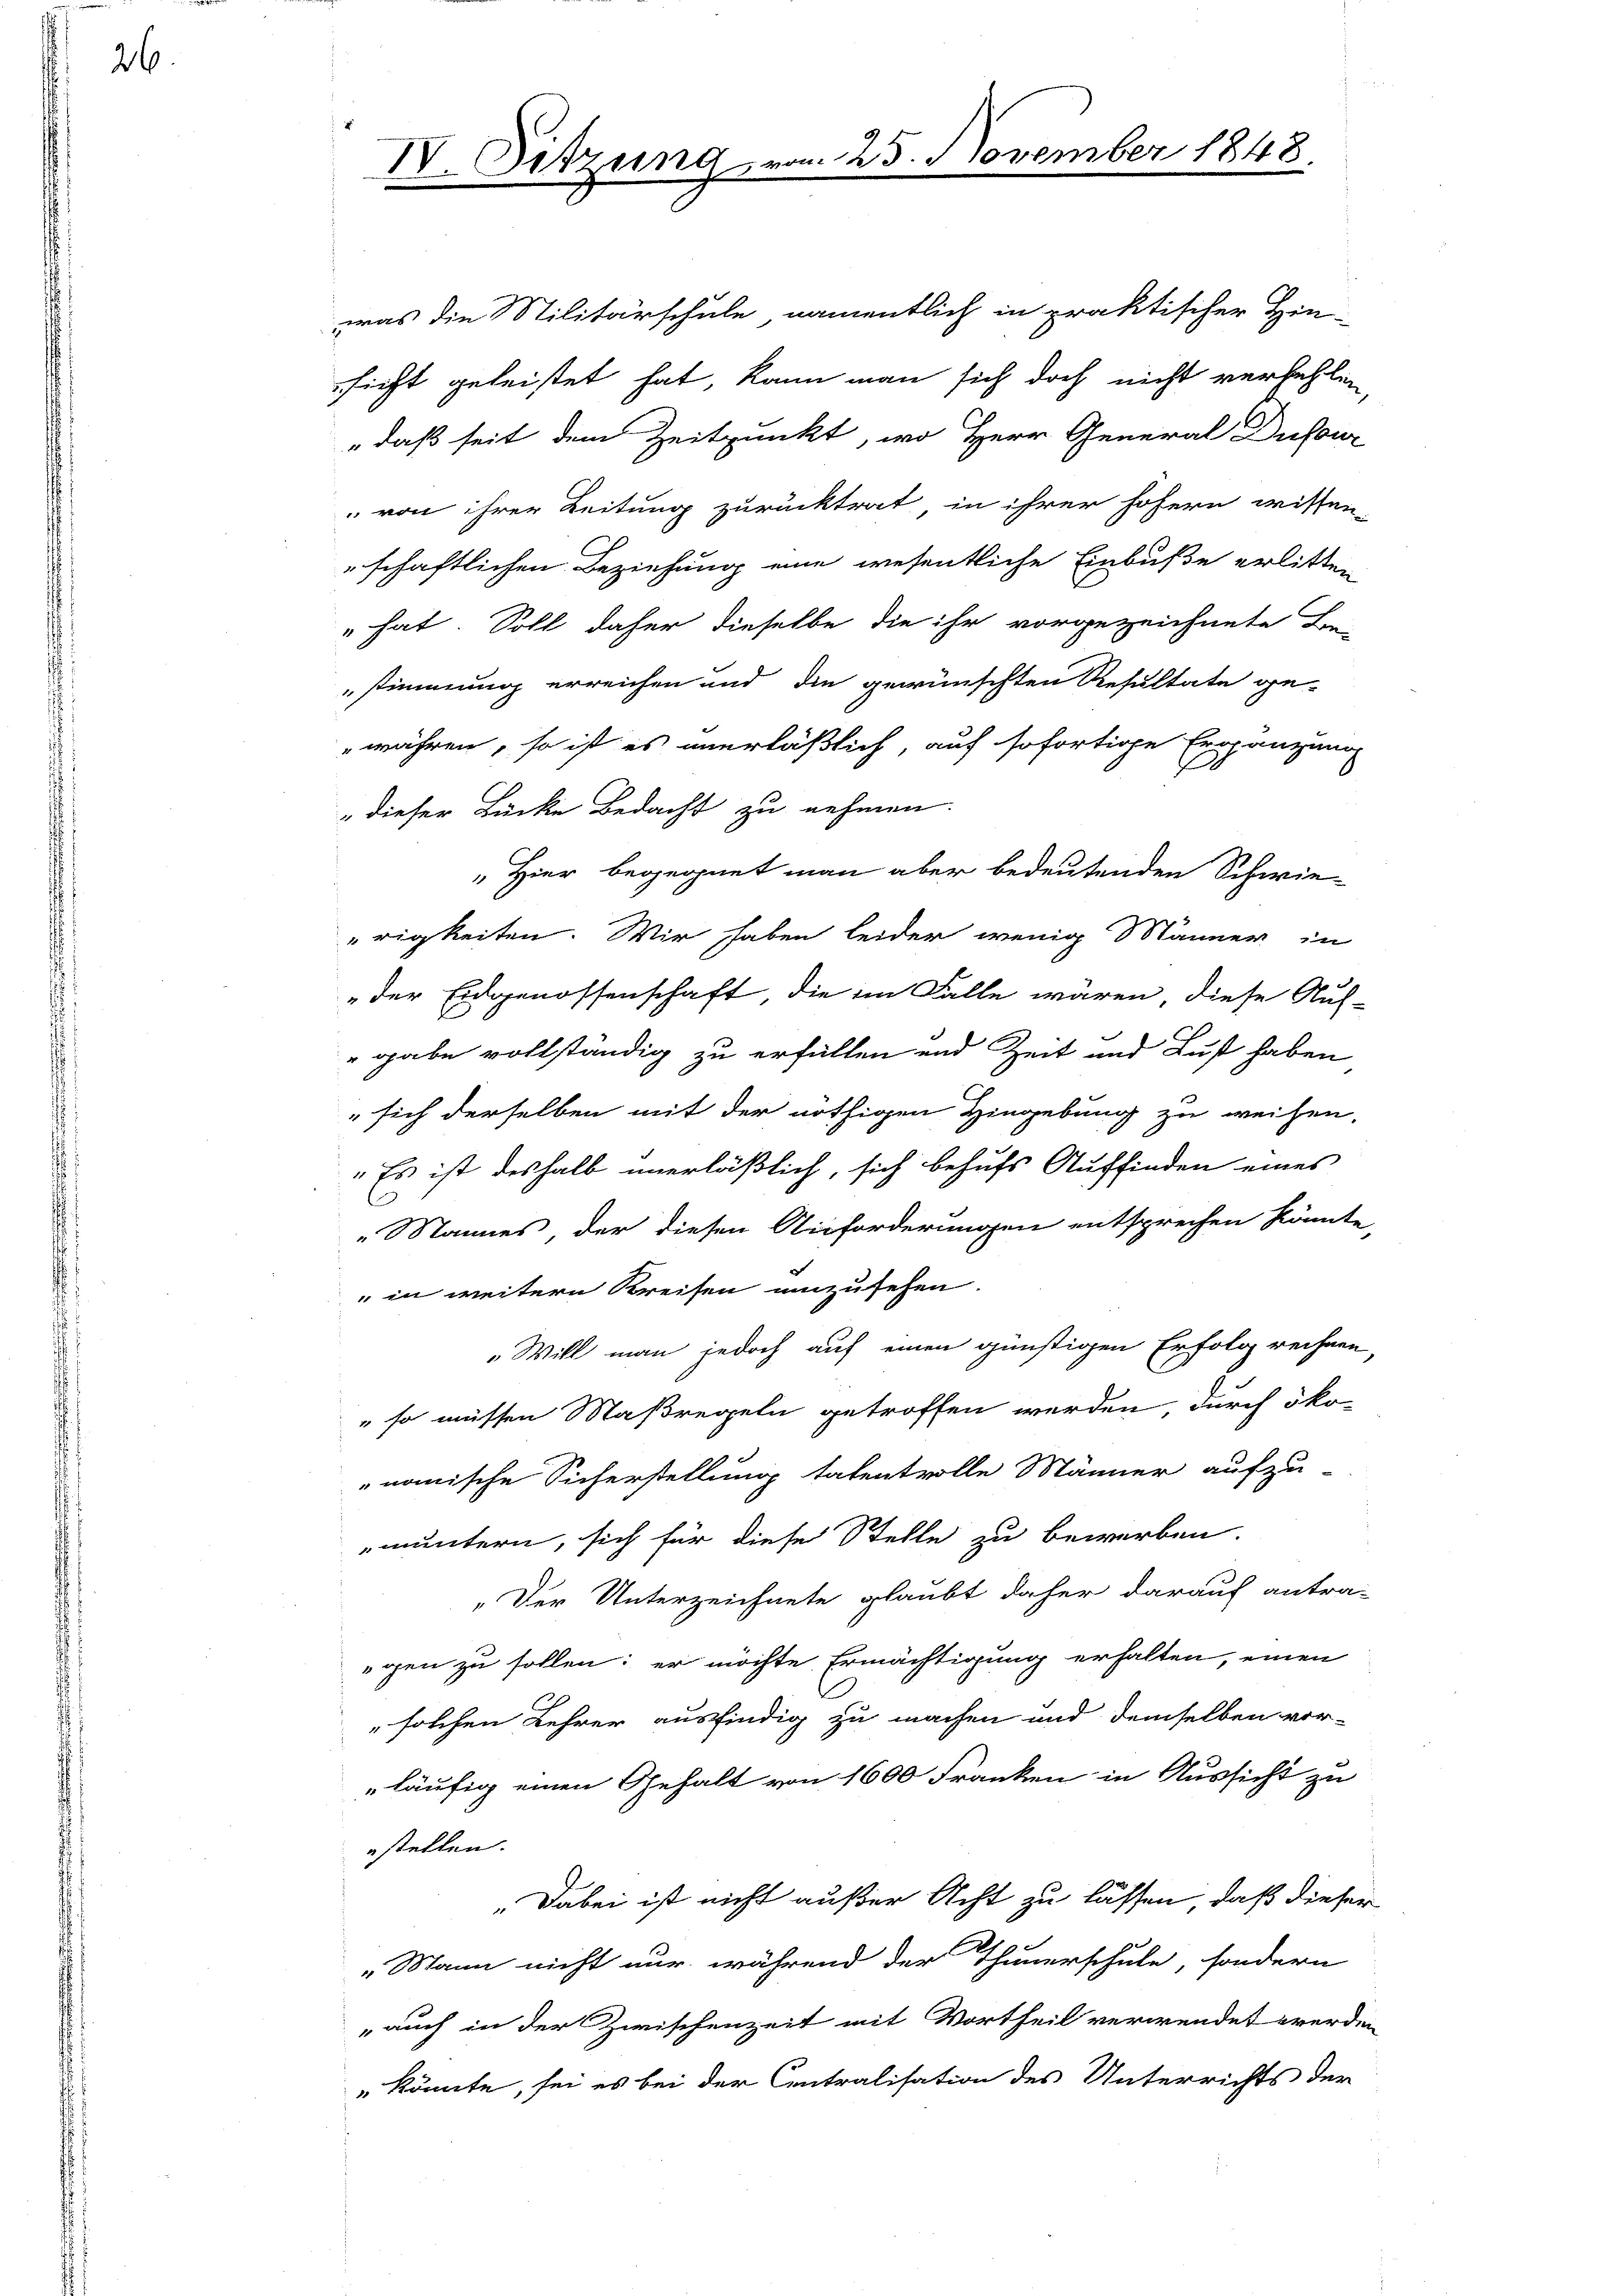
26

was die Stilitärschule namentlich in praktischer Hin-
sicht geleistet hat, kann man sich doch nicht verfehlen,
" daß seit dem Zeitpunkt, wo Herr General Dufour
„ von ihrer Leitung zurücktrat, in ihrer hohern wissen-
schaftlichen Beziehung eine wesentliche Einbuße erlitten
" hat. Soll daher dieselbe die ihr vorgezeichnete Be-
stimmung erreichen und die gewünschten Resultate ge-
währen, so ist es unerläßlich, auf sofortige Ergänzung
" dieser Bücke Bedacht zu nehmen.
"Hier begegnet man aber bedeutenden Schwie-
rigkeiten. Wir haben leider wenig Bänner in
„der Eidgenossenschaft, die im Falle wären, diese Auf-
"gabe vollständig zu erfüllen und Zeit und Lust haben
" sich derselben mit der nöthigen Hingebung zu weisen,
"Es ist deshalb unerläßlich, sich behufs Auffinden eines
„Mannes, der diesen Anforderungen entsprechen könnte,
" in weitern Kreisen umzusehen.
„Will man jedoch auf einen günstigen Erfolg rechnen,
" so müssen Maßregeln getroffen werden, durch öko-
nomische Sicherstellung tatentvolle Männer aufzu-
muntern, sich für diese Stelle zu bewerben.
„Der Unterzeichnete glaubt daher darauf antra-
gen zu sollen; er möchte Ermächtigung erhalten, einen
" solchen Lehrer ausfindig zu machen und demselben vor-
läufig einen Gehalt von 1600 Franken in Aussicht zu
stellen.
„Dabei ist nicht außer Acht zu lassen, daß dieser
„Mann nicht nur, während der Thunerschule, sondern
„auch in der Zwischenzeit mit Vortheil verwendet werden
könnte, sei es bei der Centralisation des Unterrichts der

IV. Sitzung

am 25. November 1848